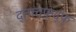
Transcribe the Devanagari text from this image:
द्त्फ्द्फ्द्फ्